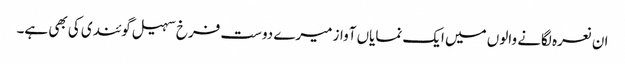
ان نعرہ لگانے والوں میں ایک نمایاں آواز میرے دوست فرخ سہیل گوئندی کی بھی ہے۔